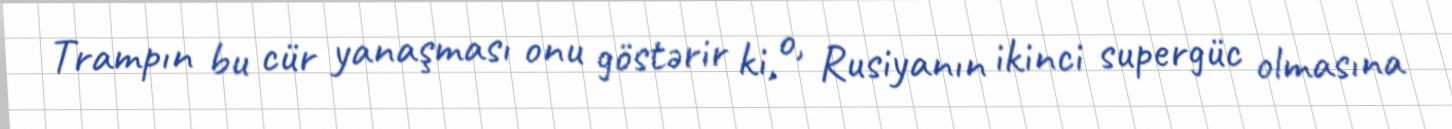
Trampın bu cür yanaşması onu göstərir ki, o, Rusiyanın ikinci supergüc olmasına